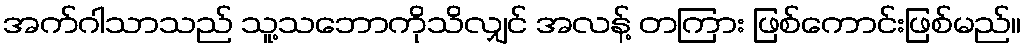
အက်ဂါသာသည် သူ့သဘောကိုသိလျှင် အလန့် တကြား ဖြစ်ကောင်းဖြစ်မည်။